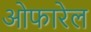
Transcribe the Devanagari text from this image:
ओफारेल